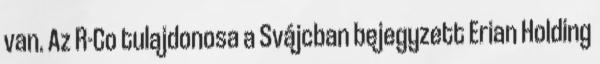
van. Az R-Co tulajdonosa a Svájcban bejegyzett Erian Holding